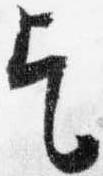
乞